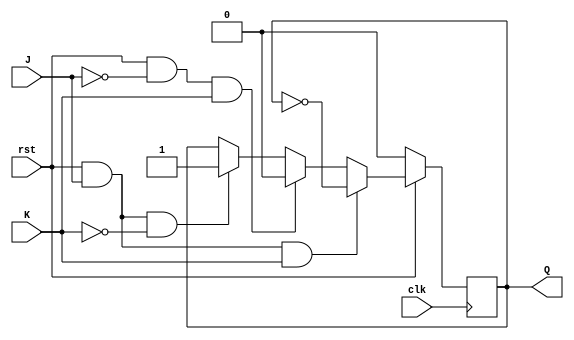
`define delay #2

module jkff(clk,rst,J,K,Q);
input clk,rst,J,K;
output Q;
reg Q;
/*
initial begin
Q <= 0;
end
*/
//or negedge rst
always @ (posedge clk) begin
//rst is active low
if(!rst)
 Q <= `delay 0;

else if(rst & J == 1 & K == 1)

 Q <= !Q;
else if(rst & J == 0 & K == 1)

 Q <=   0;
else if(rst & J == 1 & K == 0)

 Q <=   1;


else if(rst & J == 0 & K == 0)

 Q <=   Q;



end	

endmodule